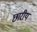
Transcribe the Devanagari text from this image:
छारीय